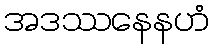
အဒဿနေနဟံ